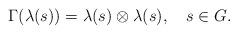
LaTeX: \begin{align*}\Gamma(\lambda(s)) = \lambda(s)\otimes\lambda(s), \ \ \ s\in G.\end{align*}